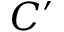
C ^ { \prime }